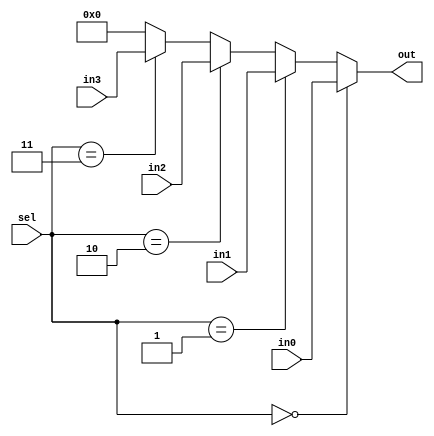
`timescale 1ns / 1ns
//////////////////////////////////////////////////////////////////////////////////
// Company: 
// Engineer: 
// 
// Design Name: 
// Module Name:    mux4 
// Project Name: 
// Target Devices: 
// Tool versions: 
// Description: 
//
// Dependencies: 
//
// Revision: 
// Revision 0.01 - File Created
// Additional Comments: 
//
//////////////////////////////////////////////////////////////////////////////////
module mux4(sel, in0, in1, in2, in3, out);
	parameter bitwidth = 32; // bitwidth default: 32-bit
	input [1:0] sel;
	input  [bitwidth-1:0] in0, in1, in2, in3;
	output [bitwidth-1:0] out;
	
	assign out = (sel == 0) ? in0 :  // in0: B
					 (sel == 1) ? in1 :  // in1: 32'd1;
					 (sel == 2) ? in2 :  // in2: immediate 32-bit (Instr[15:0] sign extended to 32-bit)
					 (sel == 3) ? in3 :  // in3: 32-bit address (might not need to shift by 2 if word addressable)
									    0 ;
endmodule